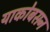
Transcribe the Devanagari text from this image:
याकोबसन